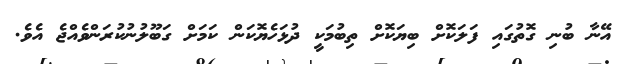
އޭނާ ބުނި ގޮތުގައި ފަލަކޮށް ބިޔަކޮށް ތިބުމަކީ ދުޅަހެޔޮކަން ކަމަށް ގަބޫލުނުކުރަންވެއްޖެ އެވެ.